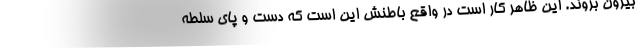
بیرون بروند. این ظاهر کار است در واقع باطنش این است که دست و پای سلطه